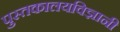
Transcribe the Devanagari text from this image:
पुस्तकालयविज्ञानी